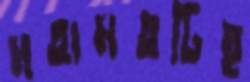
মতামতটিই